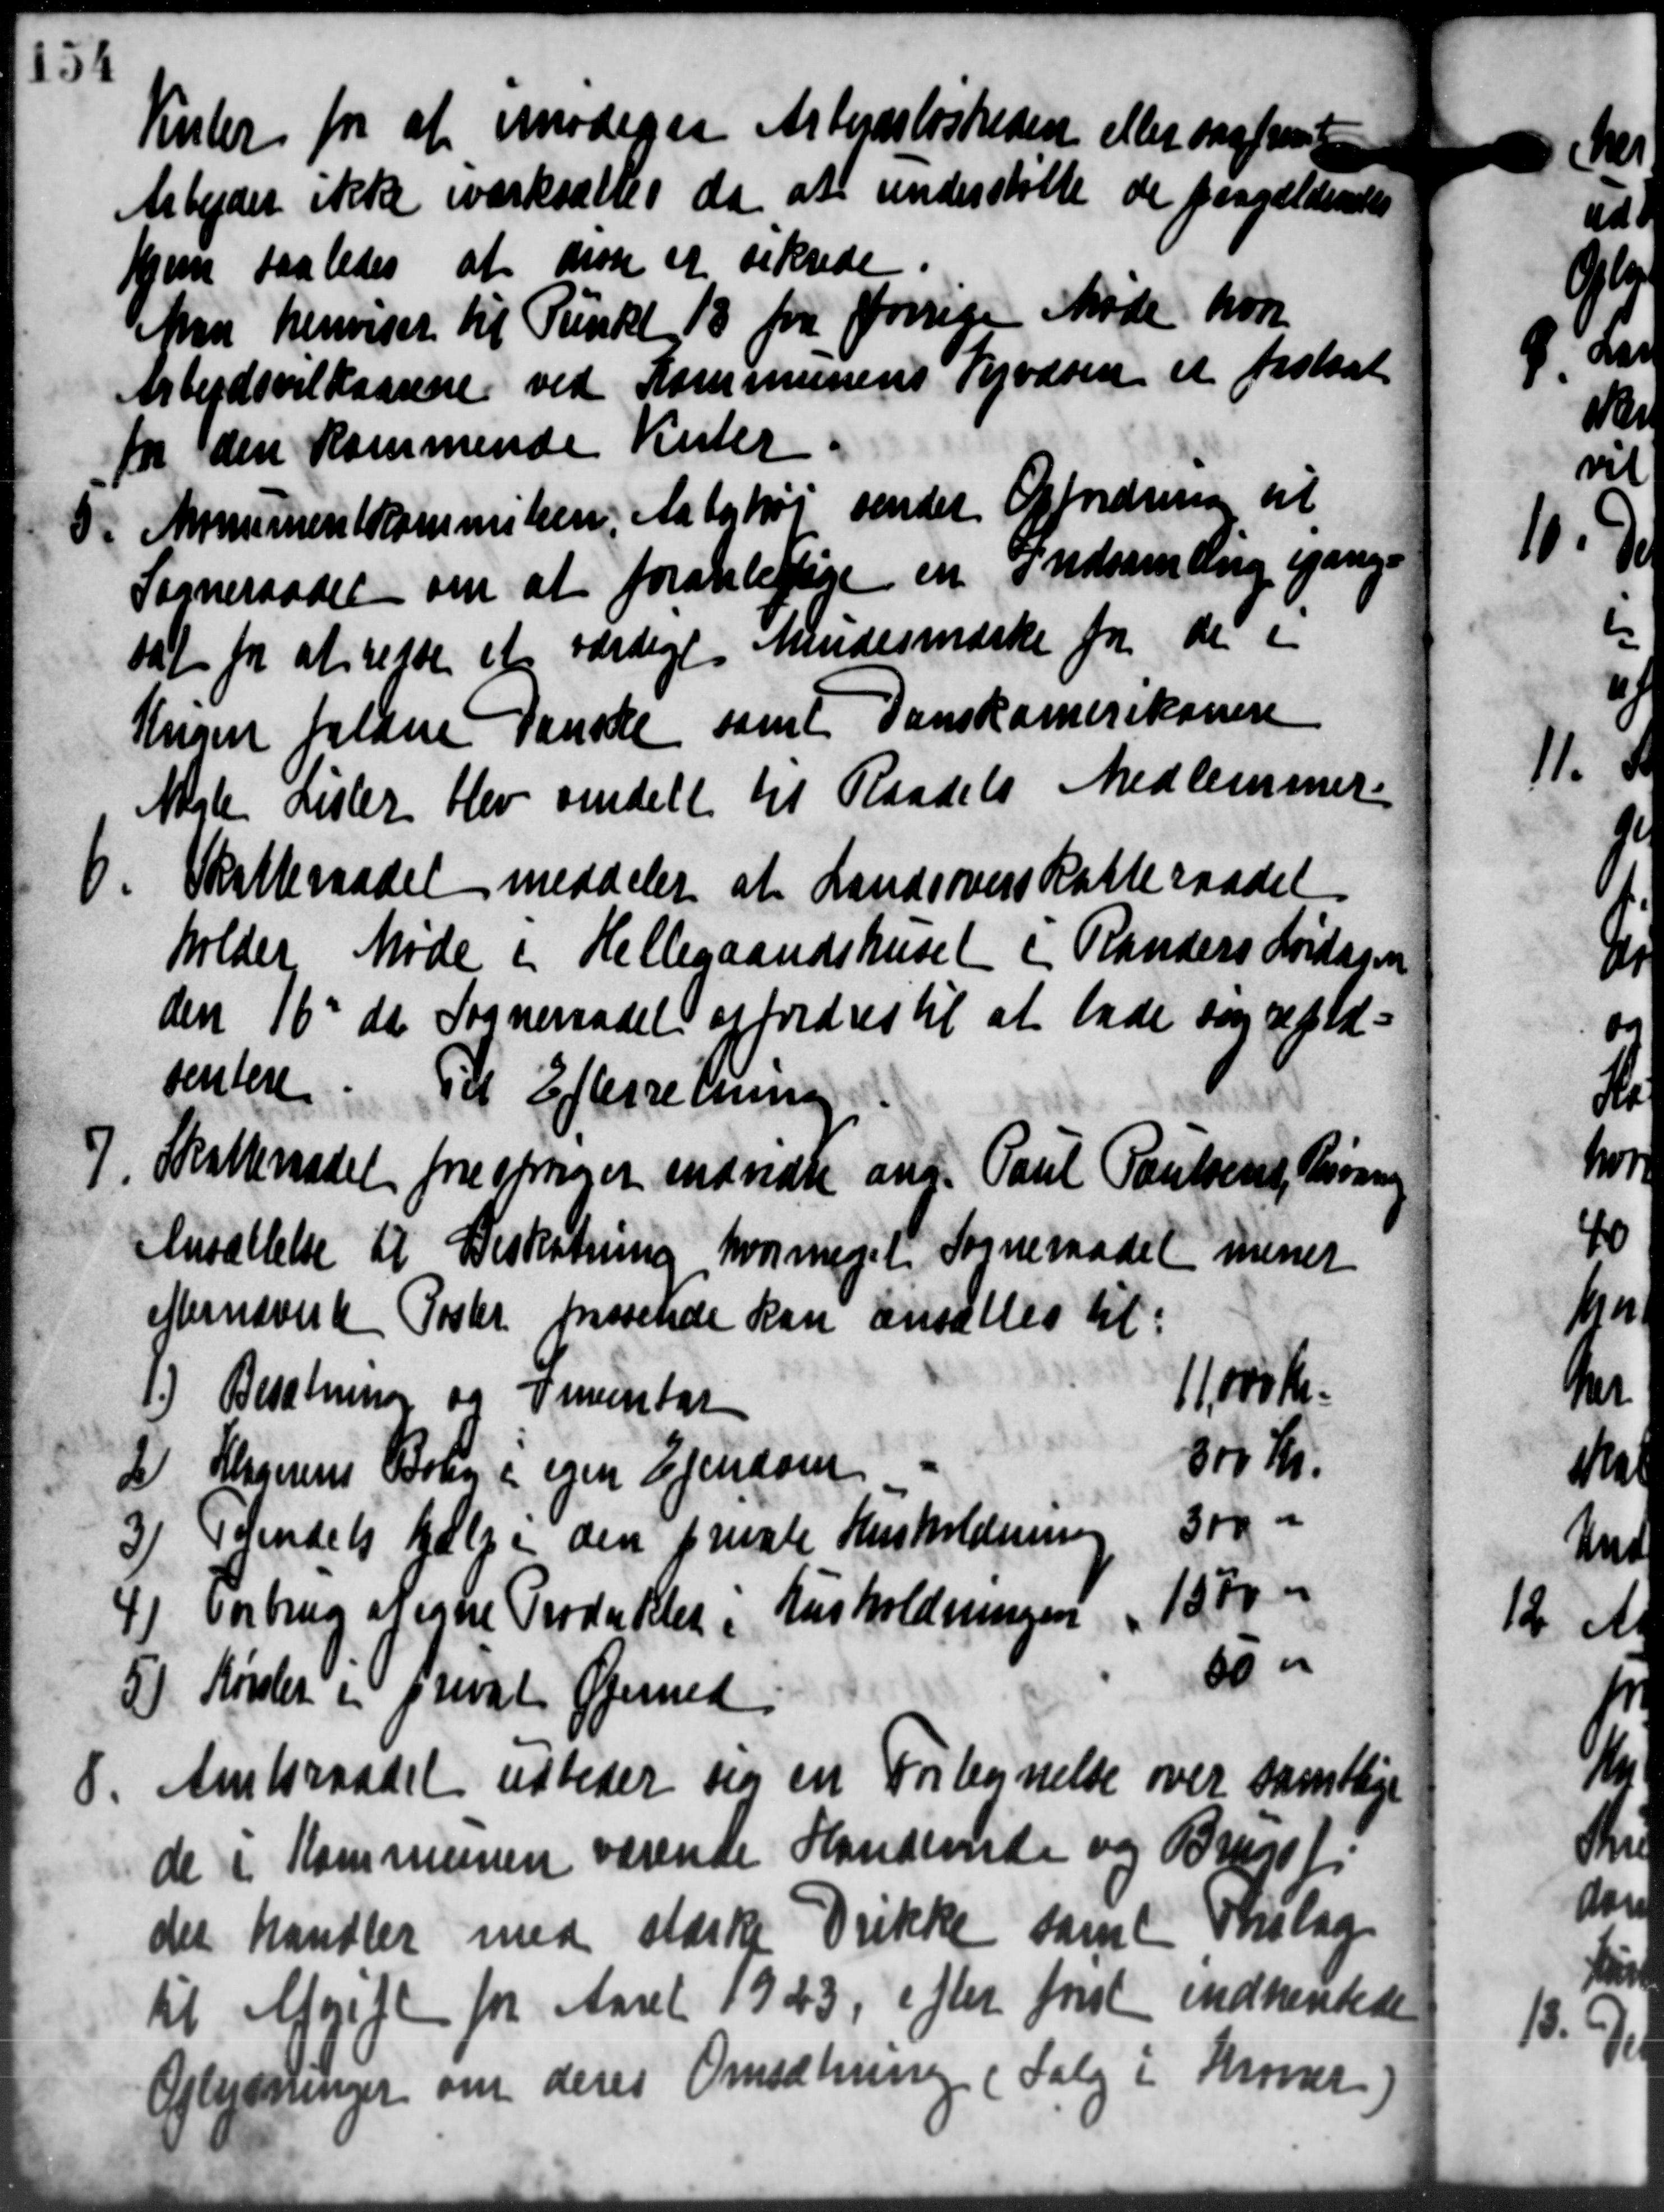
Transskription:
Kister for at mødegaa Arbejdsløsheden eller saafremt
Arbejdet ikke iværksættes da at understøtte de paagældendes
Hjem saaledes at den et sikrede
Man henviset til Punkt 13 for forrige Møde hvor
Arbejdsvilkaarene ved Kommunens Vejvæsen er fastsat
for den kommende Vester
. Monumentkommissen, Aabyhøj sender Opfordring til
. Monumentkommissen, Aabyhøj sender Opfordring til
Sogneraadet om at foranledige en Indsamling gange
dat for at rette et værdige Mindesmærke for de i
Kngen faldene Danske samt Danskamerikanere
Nogle rester blev omdelt til Raadets Medlemmer
6. Skatteraadet meddeler at Landsoverskatteraadet
6. Skatteraadet meddeler at Landsoverskatteraadet
holder Møde i Hellegaardshuset i Randers Lørdags
den 16d da Sogneraadet opfordres til at lade sig ald
ventere. Til Efterretning
7. Skatteraadet forespørger endvidre ang. Paul Poulsens, Brønning
7. Skatteraadet forespørger endvidre ang. Paul Poulsens, Brønning
Ansættelse til Beskatning, hvor meget Sogneraadet mener
efternævnte Poster passende kan ansættes til:
11000 Kr.
1) Besætning og Tientat
300 Kr.
2 Slagnenes Bolig i egen Ejendom
300 "
3) Tyendets følge den private Husholdening
1970 -
4 vorbrug Negne Produkter i Husholdningen
50 "
5) Kørsler i privat Øjemed
8.
Amtsraadet udbeder sig en Fortegnelse over samtlige
de i Kommunen værende Handende og Brugsf
der handler med stærke Drikke samt Forslag
til Afgift for Aaret 1923, efter først indhentede
Oplysninger om deres Omsætning (Salg i Kroner